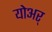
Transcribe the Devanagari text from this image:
योअर्